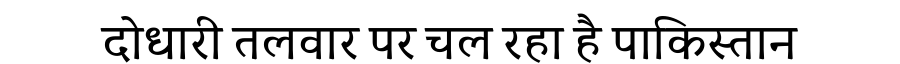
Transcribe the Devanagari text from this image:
दोधारी तलवार पर चल रहा है पाकिस्तान